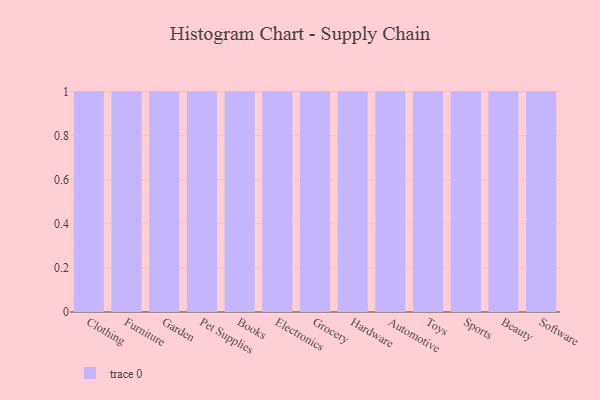
{"axis": {"x": "Category", "y": "Satisfaction Score"}, "legend": [""], "data": [{"x": "Clothing", "y": 8, "type": ""}, {"x": "Furniture", "y": 36, "type": ""}, {"x": "Garden", "y": 34, "type": ""}, {"x": "Pet Supplies", "y": 70, "type": ""}, {"x": "Books", "y": 56, "type": ""}, {"x": "Electronics", "y": 43, "type": ""}, {"x": "Grocery", "y": 13, "type": ""}, {"x": "Hardware", "y": 37, "type": ""}, {"x": "Automotive", "y": 68, "type": ""}, {"x": "Toys", "y": 24, "type": ""}, {"x": "Sports", "y": 37, "type": ""}, {"x": "Beauty", "y": 70, "type": ""}, {"x": "Software", "y": 57, "type": ""}]}